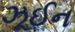
ઝૂઈન